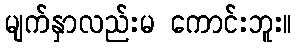
မျက်နှာလည်းမ ကောင်းဘူး။